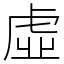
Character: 虛